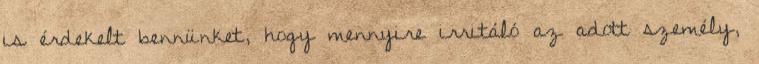
is érdekelt bennünket, hogy mennyire irritáló az adott személy,